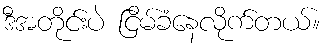
ဒီအတိုင်းပဲ ငြိမ်ခံနေလိုက်တယ်။